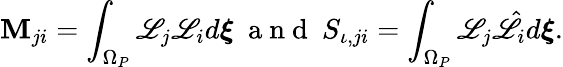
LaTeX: \mathbf{M}_{ji}=\int_{\Omega_{P}}\mathscr{L}_{j}\mathscr{L}_{i}d\boldsymbol{\xi}\ \mathrm{{~a~n~d~}}\ S_{\iota,ji}=\int_{\Omega_{P}}\mathscr{L}_{j}\hat{{\mathscr{L}}}_{i}d\boldsymbol{\xi}.